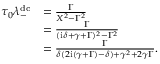
\begin{array} { r l } { \tau _ { 0 } \lambda _ { - } ^ { \mathrm { d c } } } & { = \frac { \Gamma } { X ^ { 2 } - \Gamma ^ { 2 } } } \\ & { = \frac { \Gamma } { ( \mathrm { i } \delta + \gamma + \Gamma ) ^ { 2 } - \Gamma ^ { 2 } } } \\ & { = \frac { \Gamma } { \delta ( 2 \mathrm { i } ( \gamma + \Gamma ) - \delta ) + \gamma ^ { 2 } + 2 \gamma \Gamma } . } \end{array}